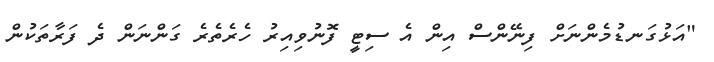
"އަޅުގަނޑުމެންނަށް ފިނޭންސް އިން އެ ސިޓީ ފޮނުވިއިރު ހެރެތެރެ ގަންނަން ދެ ފަރާތަކުން